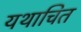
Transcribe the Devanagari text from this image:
यथाचित